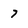
Character: 7